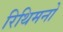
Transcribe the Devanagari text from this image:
रिथिमनो